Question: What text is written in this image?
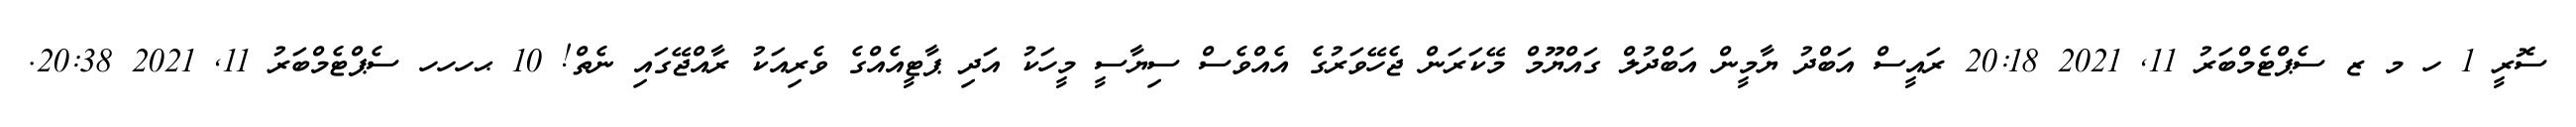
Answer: ސޮރީ 1 ހ މ ޒ ސެޕްޓެމްބަރު 11, 2021 20:18 ރައީސް އަބްދު ޔާމީން އަބްދުލް ގައްޔޫމް މޭކަރަން ޖެހޭވަރުގެ އެއްވެސް ސިޔާސީ މީހަކު އަދި ޕާޓީއެއްގެ ވެރިއަކު ރާއްޖޭގައި ނެތް! 10 ޙހހހ ސެޕްޓެމްބަރު 11, 2021 20:38.